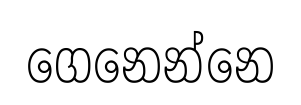
ගෙනෙන්නෙ